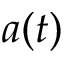
a ( t )